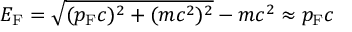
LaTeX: E _ { \mathrm { F } } = { \sqrt { ( p _ { \mathrm { F } } c ) ^ { 2 } + ( m c ^ { 2 } ) ^ { 2 } } } - m c ^ { 2 } \approx p _ { \mathrm { F } } c